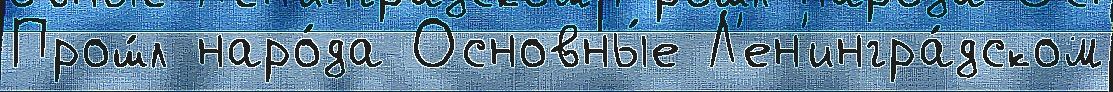
Прош́л наро́да Основны́е Л'ен'ингра́дском